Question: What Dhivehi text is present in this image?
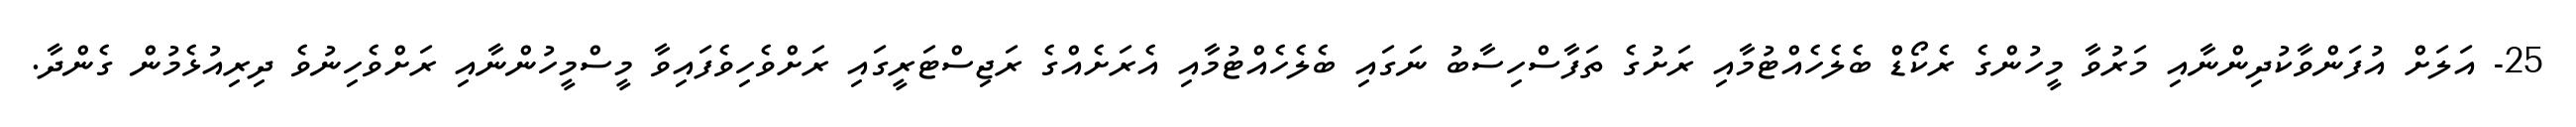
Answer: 25- އަލަށް އުފަންވާކުދިންނާއި މަރުވާ މީހުންގެ ރެކޯޑް ބެލެހެއްޓުމާއި ރަށުގެ ތަފާސްހިސާބު ނަގައި ބެލެހެއްޓުމާއި އެރަށެއްގެ ރަޖިސްޓަރީގައި ރަށްވެހިވެފައިވާ މީސްމީހުންނާއި ރަށްވެހިނުވެ ދިރިއުޅެމުން ގެންދާ.